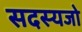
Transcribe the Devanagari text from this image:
सदस्यजो